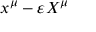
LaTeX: x ^ { \mu } - \varepsilon X ^ { \mu }